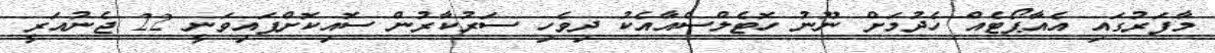
މާފަރުގައި އެއާޕޯޓެއް ހެދުމަށް ނޫނު ހޮޓެލްސްއާއެކު ދިވެހި ސަރުކާރުން ސޮއިކޮށްފައިވަނީ 22 ޖެނުއަރީ